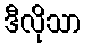
ဒီလိုသာ